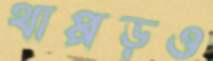
থাপ্পড়ও